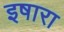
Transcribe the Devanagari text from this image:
इषारा